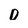
Character: D